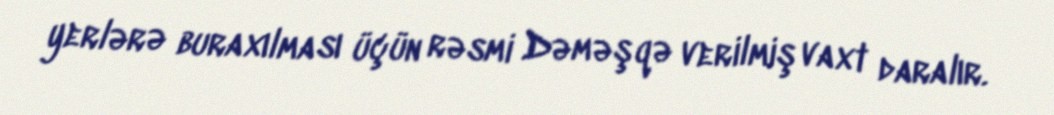
yerlərə buraxılması üçün rəsmi Dəməşqə verilmiş vaxt daralır.